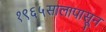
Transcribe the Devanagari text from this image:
१९६५सालापासून